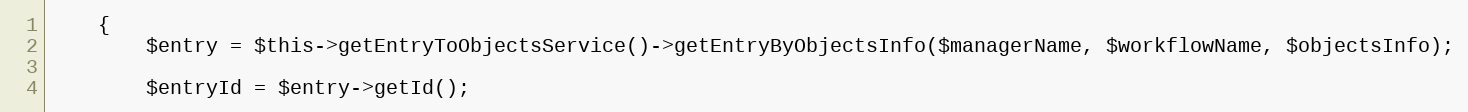
Language: PHP
    {
        $entry = $this->getEntryToObjectsService()->getEntryByObjectsInfo($managerName, $workflowName, $objectsInfo);

        $entryId = $entry->getId();